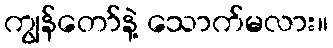
ကျွန်တော်နဲ့ သောက်မလား။